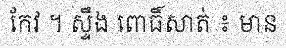
កែវ ។ ស្ទឹង ពោធិ៍សាត់ ៖ មាន